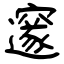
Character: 邃